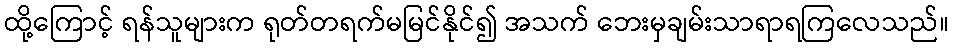
ထို့ကြောင့် ရန်သူများက ရုတ်တရက်မမြင်နိုင်၍ အသက် ဘေးမှချမ်းသာရာရကြလေသည်။